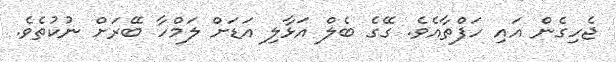
ޖެހިގެން އައި ހަފްތާއެވެ. ގޭގެ ބެލް އަޅާލި އަޑަށް ލަމްހާ ބޭރަށް ނުކުތެވެ.